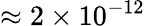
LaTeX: \approx 2\times 10^{-12}